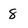
Character: 8